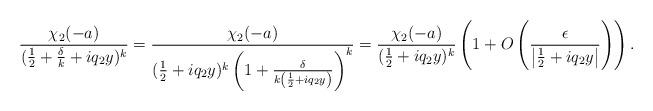
LaTeX: \begin{align*}\frac{\chi_2(-a)}{(\frac{1}{2} + \frac{\delta}{k}+ iq_2 y)^k} = \frac{\chi_2(-a)}{(\frac{1}{2} + iq_2 y)^k\left(1+\frac{\delta}{k\left(\frac{1}{2}+iq_2 y\right)}\right)^k} =\frac{\chi_2(-a)}{(\frac{1}{2} + iq_2 y)^k}\left(1+O\left(\frac{\epsilon}{\left|\frac{1}{2}+iq_2 y\right|}\right)\right).\\\end{align*}